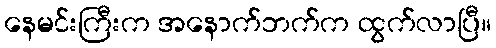
နေမင်းကြီးက အနောက်ဘက်က ထွက်လာပြီ။